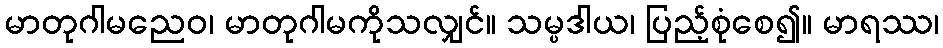
မာတုဂါမညေဝ၊ မာတုဂါမကိုသလျှင်။ သမ္ပဒါယ၊ ပြည့်စုံစေ၍။ မာရဿ၊